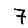
Digit: 7